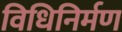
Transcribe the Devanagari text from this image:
विधिनिर्मण